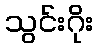
သွင်းဂိုး